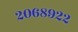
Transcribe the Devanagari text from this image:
२०६८९२२